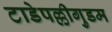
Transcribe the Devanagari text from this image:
टाडेपल्लीगुडम